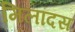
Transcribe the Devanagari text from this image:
मिलांदस